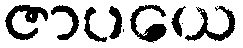
ဇာပယေ